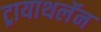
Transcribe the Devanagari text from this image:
ट्रायाथलॅन